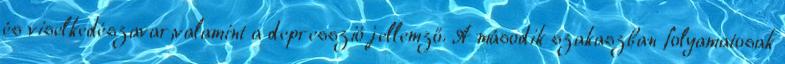
és viselkedészavar,valamint a depresszió jellemző. A második szakaszban folyamatosak